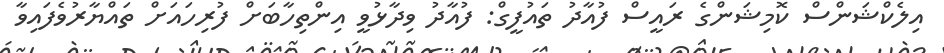
އިލެކްޝަންސް ކޮމިޝަންގެ ރައީސް ފުއާދު ތައުފީގް: ފުއާދު ވިދާޅުވީ އިންތިހާބަށް ފުރިހަައަށް ތައްޔާރުވެފައިވާ